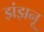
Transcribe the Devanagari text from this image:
झंझनू